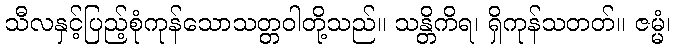
သီလနှင့်ပြည့်စုံကုန်သောသတ္တဝါတို့သည်။ သန္တိကိရ၊ ရှိကုန်သတတ်။ ဇမ္မံ၊